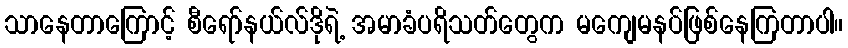
သာနေတာကြောင့် စီရော်နယ်လ်ဒိုရဲ့ အမာခံပရိသတ်တွေက မကျေမနပ်ဖြစ်နေကြတာပါ။